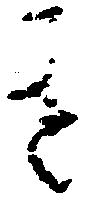
き